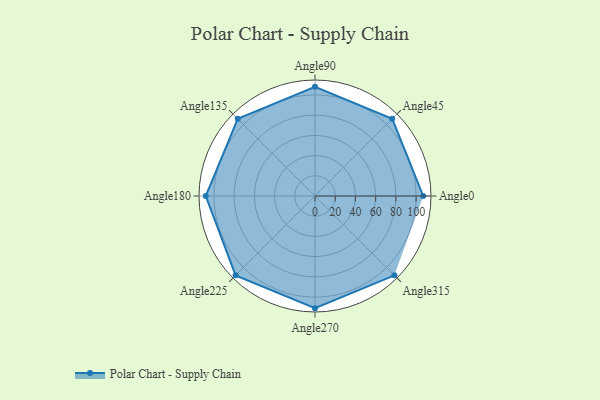
{"axis": {"x": "Angle", "y": "Radius"}, "legend": [""], "data": [{"x": "Angle0", "y": 107.0, "type": ""}, {"x": "Angle45", "y": 108.0, "type": ""}, {"x": "Angle90", "y": 108.0, "type": ""}, {"x": "Angle135", "y": 108.0, "type": ""}, {"x": "Angle180", "y": 108.0, "type": ""}, {"x": "Angle225", "y": 111.0, "type": ""}, {"x": "Angle270", "y": 111.0, "type": ""}, {"x": "Angle315", "y": 111.0, "type": ""}]}